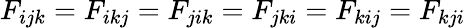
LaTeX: F_{ijk}=F_{ikj}=F_{jik}=F_{jki}=F_{kij}=F_{kji}